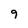
Character: 9